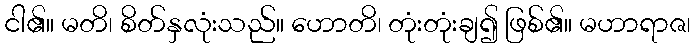
ငါ၏။ မတိ၊ စိတ်နှလုံးသည်။ ဟောတိ၊ တုံးတုံးချ၍ ဖြစ်၏။ မဟာရာဇ၊